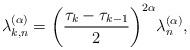
LaTeX: \begin{align*}\lambda _{k,n}^{(\alpha )} = {\left( {\frac{{{\tau _k} - {\tau _{k - 1}}}}{2}} \right)^{2\alpha }}\lambda _n^{(\alpha )},\end{align*}